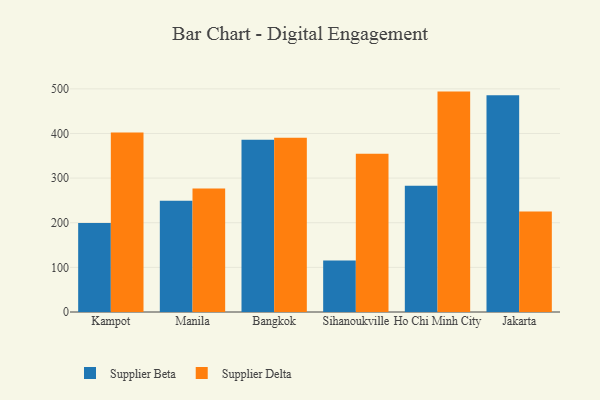
{"axis": {"x": "City", "y": "Latency (ms)"}, "legend": ["Supplier Beta", "Supplier Delta"], "data": [{"x": "Kampot", "y": 199.5, "type": "Supplier Beta"}, {"x": "Kampot", "y": 402.2, "type": "Supplier Delta"}, {"x": "Manila", "y": 249.5, "type": "Supplier Beta"}, {"x": "Manila", "y": 276.9, "type": "Supplier Delta"}, {"x": "Bangkok", "y": 385.9, "type": "Supplier Beta"}, {"x": "Bangkok", "y": 390.3, "type": "Supplier Delta"}, {"x": "Sihanoukville", "y": 115.4, "type": "Supplier Beta"}, {"x": "Sihanoukville", "y": 354.7, "type": "Supplier Delta"}, {"x": "Ho Chi Minh City", "y": 282.9, "type": "Supplier Beta"}, {"x": "Ho Chi Minh City", "y": 493.8, "type": "Supplier Delta"}, {"x": "Jakarta", "y": 485.4, "type": "Supplier Beta"}, {"x": "Jakarta", "y": 225.2, "type": "Supplier Delta"}]}